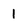
Character: 1